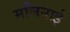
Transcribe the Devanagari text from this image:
मलिनाई